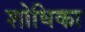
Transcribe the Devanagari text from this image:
शोधिका